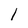
Character: l